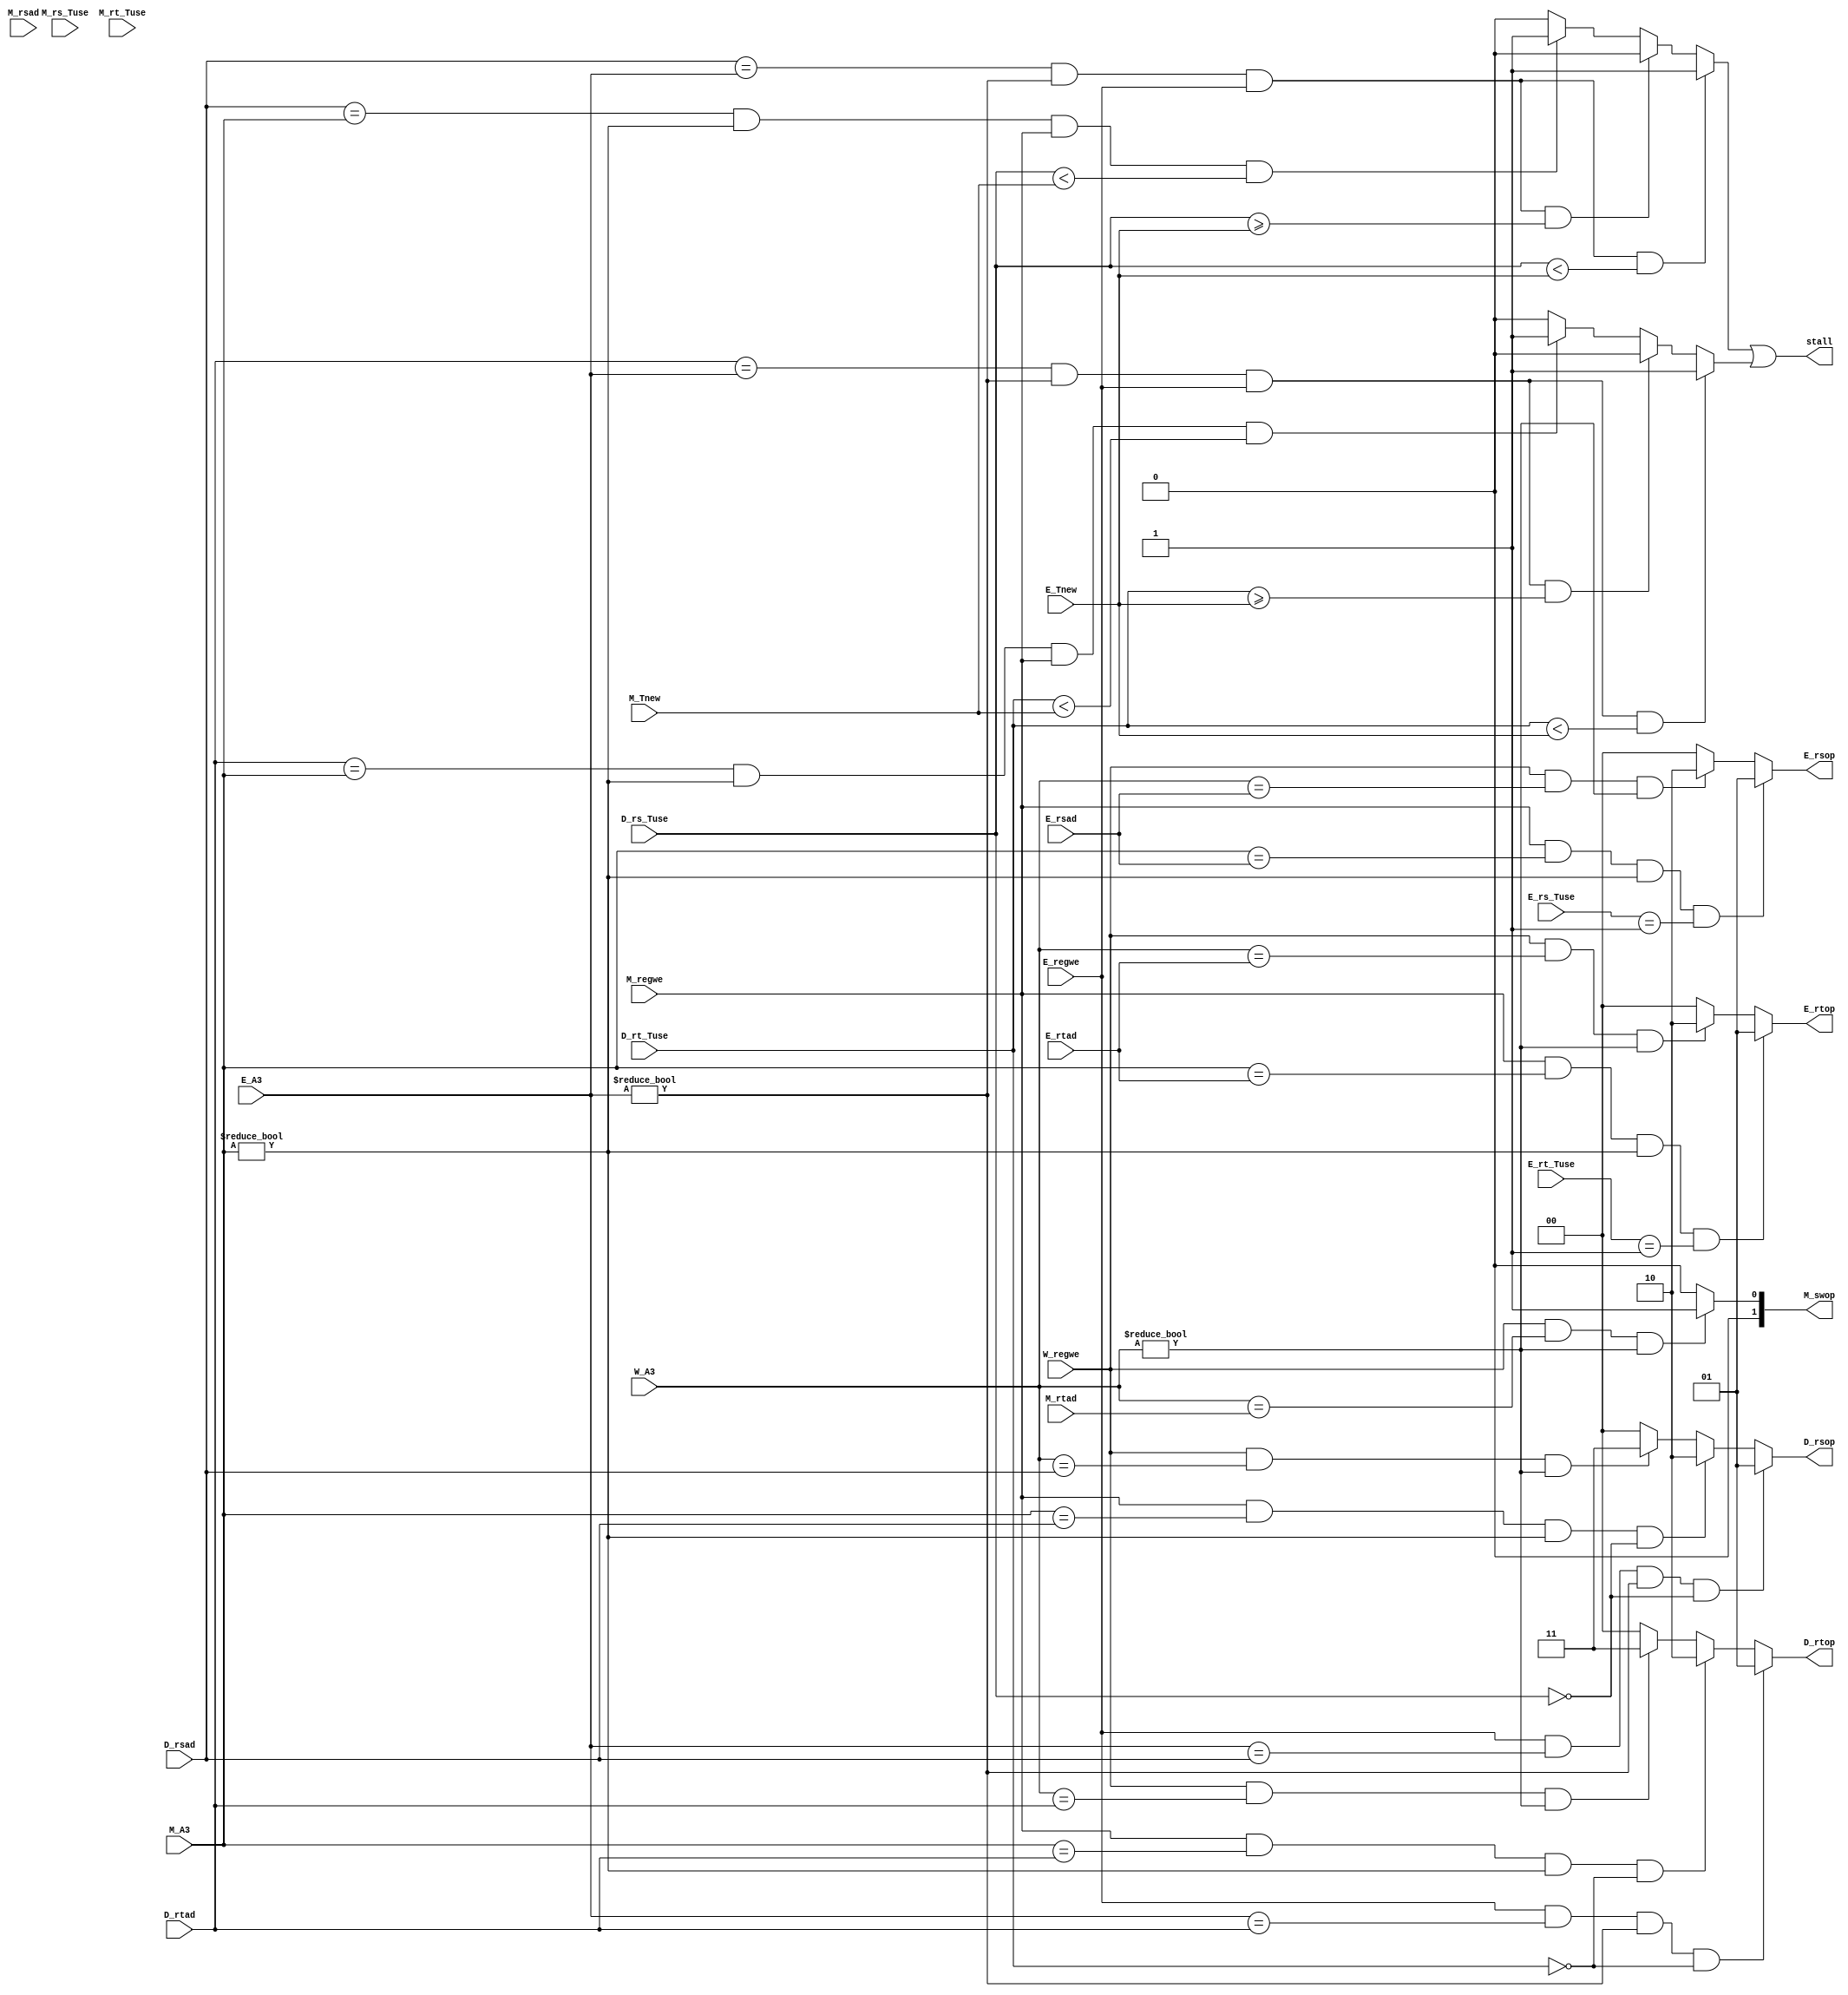
module adven (
    input [1:0] D_rs_Tuse,
    input [1:0] D_rt_Tuse,
    input [4:0] D_rsad,
    input [4:0] D_rtad,
    input [1:0] E_rs_Tuse,
    input [1:0] E_rt_Tuse,
    input [1:0] E_Tnew,
    input [4:0] E_rsad,
    input [4:0] E_rtad,
    input [4:0] E_A3,
    input E_regwe,
    input [1:0] M_rs_Tuse,
    input [1:0] M_rt_Tuse,
    input [1:0] M_Tnew,
    input [4:0] M_rsad,
    input [4:0] M_rtad,
    input [4:0] M_A3,
    input M_regwe,
    input [4:0] W_A3,
    input W_regwe,
    output [1:0] D_rsop,
    output [1:0] D_rtop,
    output [1:0] E_rsop,
    output [1:0] E_rtop,
    output [1:0] M_swop,
    output stall
);
    wire stallrs ;
    wire stallrt ;
    assign D_rsop = (E_regwe == 1 && E_A3 == D_rsad && E_A3 != 0 && D_rs_Tuse == 0)? 1 :
                    (M_regwe == 1 && M_A3 == D_rsad && M_A3 != 0 && D_rs_Tuse == 0)?  2 :
                    (W_regwe == 1 && W_A3 == D_rsad && W_A3 != 0)? 3 : 0 ;

    assign D_rtop = (E_regwe == 1 && E_A3 == D_rtad && E_A3 != 0 && D_rt_Tuse == 0)? 1 :
                    (M_regwe == 1 && M_A3 == D_rtad && M_A3 != 0 && D_rt_Tuse == 0)?  2 :
                    (W_regwe == 1 && W_A3 == D_rtad && W_A3 != 0)? 3 : 0 ;


    assign E_rsop = (M_regwe == 1 && M_A3 == E_rsad && M_A3 != 0 && E_rs_Tuse == 1)? 1 :
                    (W_regwe == 1 && W_A3 == E_rsad && W_A3 != 0)? 2 : 0 ;

    assign E_rtop = (M_regwe == 1 && M_A3 == E_rtad && M_A3 != 0 && E_rt_Tuse == 1)? 1 :
                    (W_regwe == 1 && W_A3 == E_rtad && W_A3 != 0)? 2 : 0 ;


    assign M_swop = (W_regwe == 1 && W_A3 == M_rtad && W_A3 != 0)? 1 : 0 ;

    assign stallrs = (D_rsad == E_A3 && E_A3 != 0 && E_regwe == 1 && D_rs_Tuse < E_Tnew)?  1 :
                     (D_rsad == E_A3 && E_A3 != 0 && E_regwe == 1 && D_rs_Tuse >= E_Tnew)? 0 :
                     (D_rsad == M_A3 && M_A3 != 0 && M_regwe == 1 && D_rs_Tuse < M_Tnew)? 1 : 0 ;
    assign stallrt = (D_rtad == E_A3 && E_A3 != 0 && E_regwe == 1 && D_rt_Tuse < E_Tnew)?  1 :
                     (D_rtad == E_A3 && E_A3 != 0 && E_regwe == 1 && D_rt_Tuse >= E_Tnew)? 0 :
                     (D_rtad == M_A3 && M_A3 != 0 && M_regwe == 1 && D_rt_Tuse < M_Tnew)? 1 : 0 ;
    assign stall = stallrs||stallrt ;
endmodule //adven